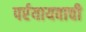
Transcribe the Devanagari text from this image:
पर्रयायवाची